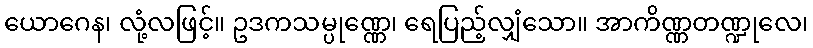
ယောဂေန၊ လုံ့လဖြင့်။ ဥဒကသမ္ပုဏ္ဏေ၊ ရေပြည့်လျှံသော။ အာကိဏ္ဏတဏ္ဍုလေ၊